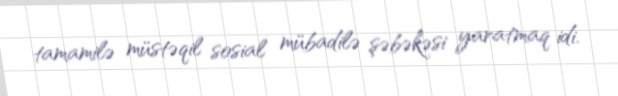
tamamilə müstəqil sosial mübadilə şəbəkəsi yaratmaq idi.